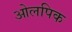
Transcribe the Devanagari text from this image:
ओलपिक